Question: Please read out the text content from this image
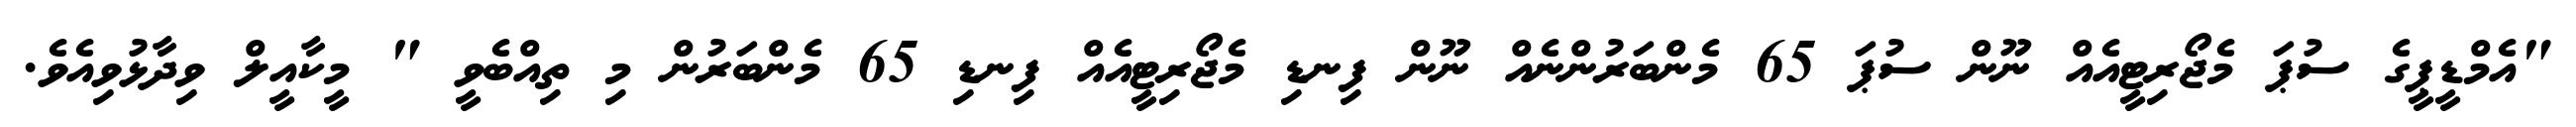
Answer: "އެމްޑީޕީގެ ސުޕަ މެޖޯރިޓީއެއް ނޫން ސުޕަ 65 މެންބަރުންނެއް ނޫން ފިނޑި މެޖޯރިޓީއެއް ފިނޑި 65 މެންބަރުން މި ތިއްބެވީ " މީކާއީލް ވިދާޅުވިއެވެ.